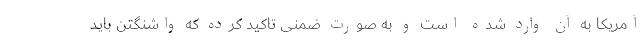
آمریکا به آن وارد شده است و به صورت ضمنی تاکید کرده که واشنگتن باید